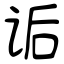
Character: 诟